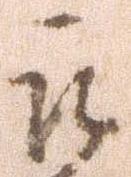
被